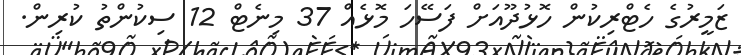
ޒަމީރުގެ ހެޓްރިކުން ހޮޅުދޫއަށް ފަސޭހަ މޮޅެއް 37 މިނެޓް 12 ސިކުންތު ކުރިން.